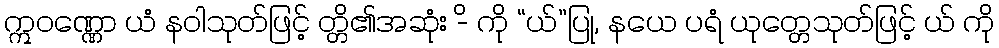
ဣဝဏ္ဏော ယံ နဝါသုတ်ဖြင့် တ္တိ၏အဆုံး -ိ ကို “ယ်”ပြု, နယေ ပရံ ယုတ္တေသုတ်ဖြင့် ယ် ကို